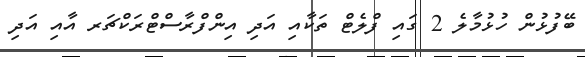
ބޭފުޅުން ހުޅުމާލެ 2 ގައި ފްލެޓް ތަކާއި އަދި އިންފްރާސްޓްރަކްޗަރ އާއި އަދި